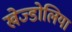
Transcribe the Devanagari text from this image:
खेज्डोलिया